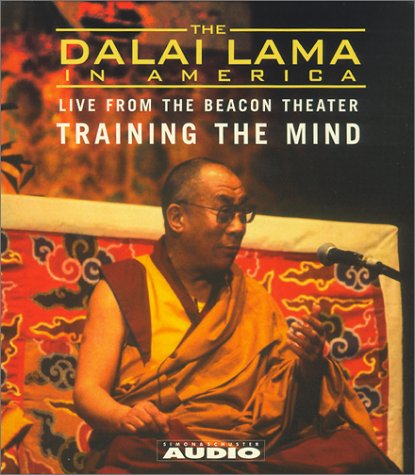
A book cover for The Dalai Lama in America: Training the Mind, Live From the Beacon Theater (Dalai Lama in America: Beacon Theater Lecture); His Holiness the Dalai Lama; Religion & Spirituality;